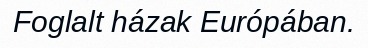
Foglalt házak Európában.